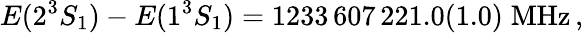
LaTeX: E(2^{3}S_{1})-E(1^{3}S_{1})=1233\, 607\, 221.0(1.0)\; \mathrm{MHz}\, ,